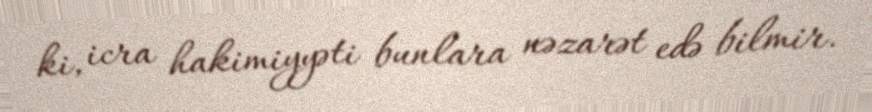
ki, icra hakimiyyəti bunlara nəzarət edə bilmir.